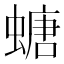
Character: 螗